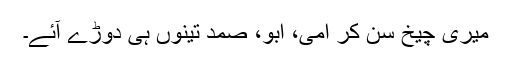
میری چیخ سن کر امی، ابو، صمد تینوں ہی دوڑے آئے۔